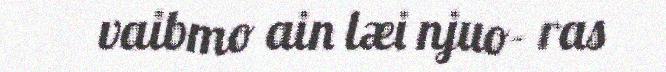
vaibmo ain læi njuo- ras